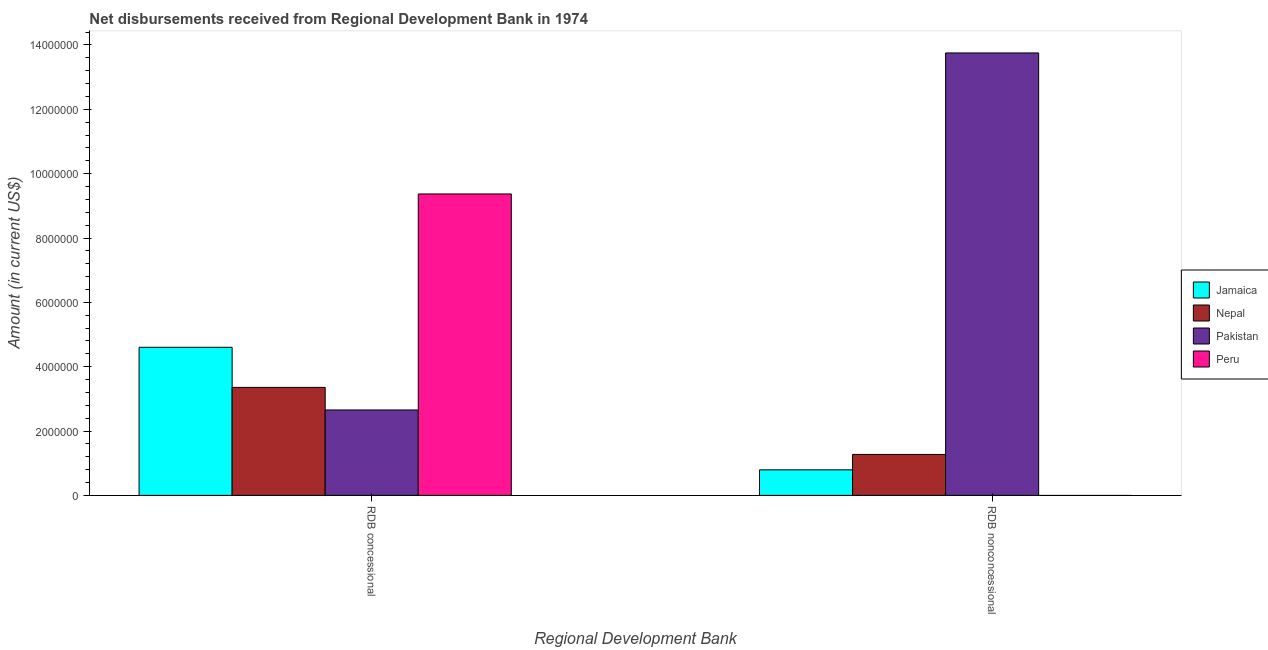
| Regional Development Bank | Jamaica | Nepal | Pakistan | Peru |
 | --- | --- | --- | --- | --- |
 | RDB concessional | 4.6e+06 | 3.36e+06 | 2.66e+06 | 9.37e+06 |
 | RDB nonconcessional | 7.94e+05 | 1.27e+06 | 1.38e+07 | -2.94e+06 |